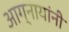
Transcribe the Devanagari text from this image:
आग्नायांनी